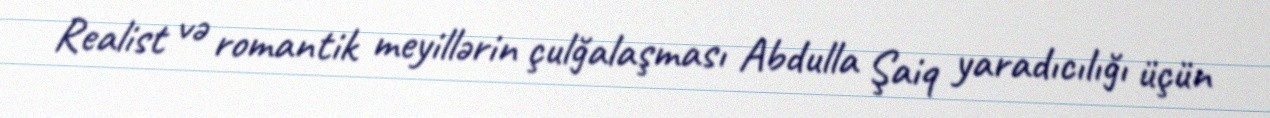
Realist və romantik meyillərin çulğalaşması Abdulla Şaiq yaradıcılığı üçün